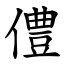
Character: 僼